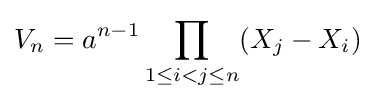
V_{n}=a^{n-1}\prod _{1\leq i<j\leq n}(X_{j}-X_{i})